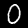
Digit: 0